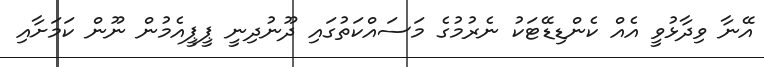
އޭނާ ވިދާޅުވީ އެއް ކެންޑިޑޭޓަކު ނެރުމުގެ މަސައްކަތުގައި ދޫނުދިނީ ޕީޕީއެމުން ނޫން ކަމަށާއި